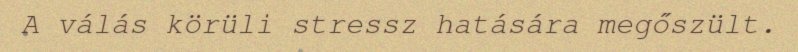
A válás körüli stressz hatására megőszült.